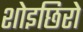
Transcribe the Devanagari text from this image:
शोइछिरो